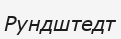
Рундштедт